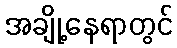
အချို့နေရာတွင်